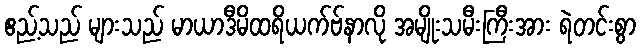
ဧည့်သည် များသည် မာယာဒီမိထရိယက်ဗ်နာလို အမျိုးသမီးကြီးအား ရဲတင်းစွာ